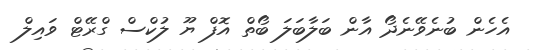
އެހެން ބުނެވޭނެދޯ އާން ބަލާބަލަ ބޯތް އޮފް ޔޫ ލުކްސް ގްރޭޓް ވައިލް